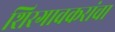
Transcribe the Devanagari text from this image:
शिरगावकरांचा